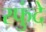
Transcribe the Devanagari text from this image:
स्फुंदे